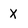
Character: x